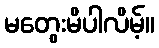
မတွေးမိပါလိမ့်။